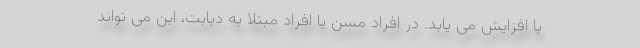
پا افزایش می یابد. در افراد مسن یا افراد مبتلا به دیابت، این می تواند